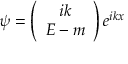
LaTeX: \psi = \left( \begin{array} { c } { { i k } } \\ { { E - m } } \end{array} \right) e ^ { i k x }